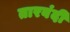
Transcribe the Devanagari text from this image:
तारबंदी